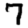
Digit: 7